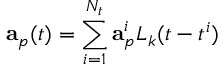
\mathbf { a } _ { p } ( t ) = \sum _ { i = 1 } ^ { N _ { t } } \mathbf { a } _ { p } ^ { i } L _ { k } ( t - t ^ { i } )